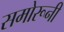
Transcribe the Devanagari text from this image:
समोरूनी